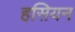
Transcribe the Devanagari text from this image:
हसियन